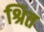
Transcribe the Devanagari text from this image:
श्रित